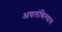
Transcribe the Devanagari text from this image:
अवलंबिल्यास